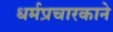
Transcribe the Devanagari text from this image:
धर्मप्रचारकाने